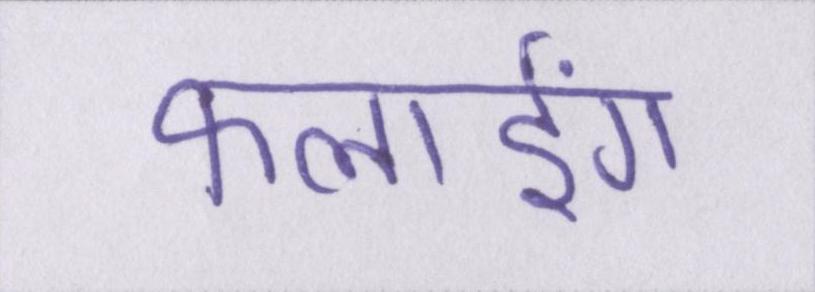
फ्लाईंग